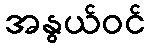
အနွယ်ဝင်